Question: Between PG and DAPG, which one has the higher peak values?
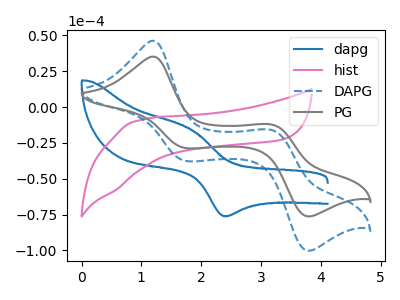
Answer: <think>The blue curve "dapg" has an anodic peak at (1.85V, -15.80uA) and a cathodic peak at (2.35V, -76.00uA). The pink curve "hist" has no peaks. The blue dashed curve "DAPG" has anodic peaks at (1.20V, 46.30uA) (3.20V, -16.20uA) and cathodic peaks at (1.75V, -37.60uA) (3.80V, -100.25uA). The gray curve "PG" has anodic peaks at (1.20V, 35.25uA) (3.20V, -12.30uA) and cathodic peaks at (1.75V, -28.60uA) (3.80V, -76.30uA).</think>
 <answer>The peaks in "PG" are neither all higher or all lower than the peaks in "DAPG".</answer>
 <eval>mixed</eval>